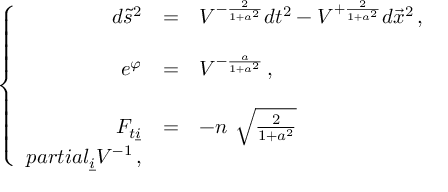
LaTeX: \left\{ \begin{array} { r c l } { { d \tilde { s } ^ { 2 } } } & { { = } } & { { V ^ { - \frac { 2 } { 1 + a ^ { 2 } } } d t ^ { 2 } - V ^ { + \frac { 2 } { 1 + a ^ { 2 } } } d \vec { x } ^ { 2 } \, , } } \\ { { } } & { { } } & { { } } \\ { { e ^ { \varphi } } } & { { = } } & { { V ^ { - \frac { a } { 1 + a ^ { 2 } } } \, , } } \\ { { } } & { { } } & { { } } \\ { { F _ { t \underline { { { i } } } } } } & { { = } } & { { - n \ \sqrt { \frac { 2 } { 1 + a ^ { 2 } } } } } \\ { { p a r t i a l _ { \underline { { { i } } } } V ^ { - 1 } \, , } } \end{array} \right.